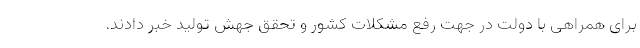
برای همراهی با دولت در جهت رفع مشکلات کشور و تحقق جهش تولید خبر دادند.